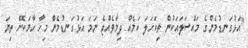
"އަޅުގަނޑުމެންގެ މައްސަލައަކުން ތިކަހަލަ ކަމެއް ދިމާވެއްޖެ ނަމަ އަޅުގަނޑުމެން މިހާ ހާމަކޮށް ތިޔަ